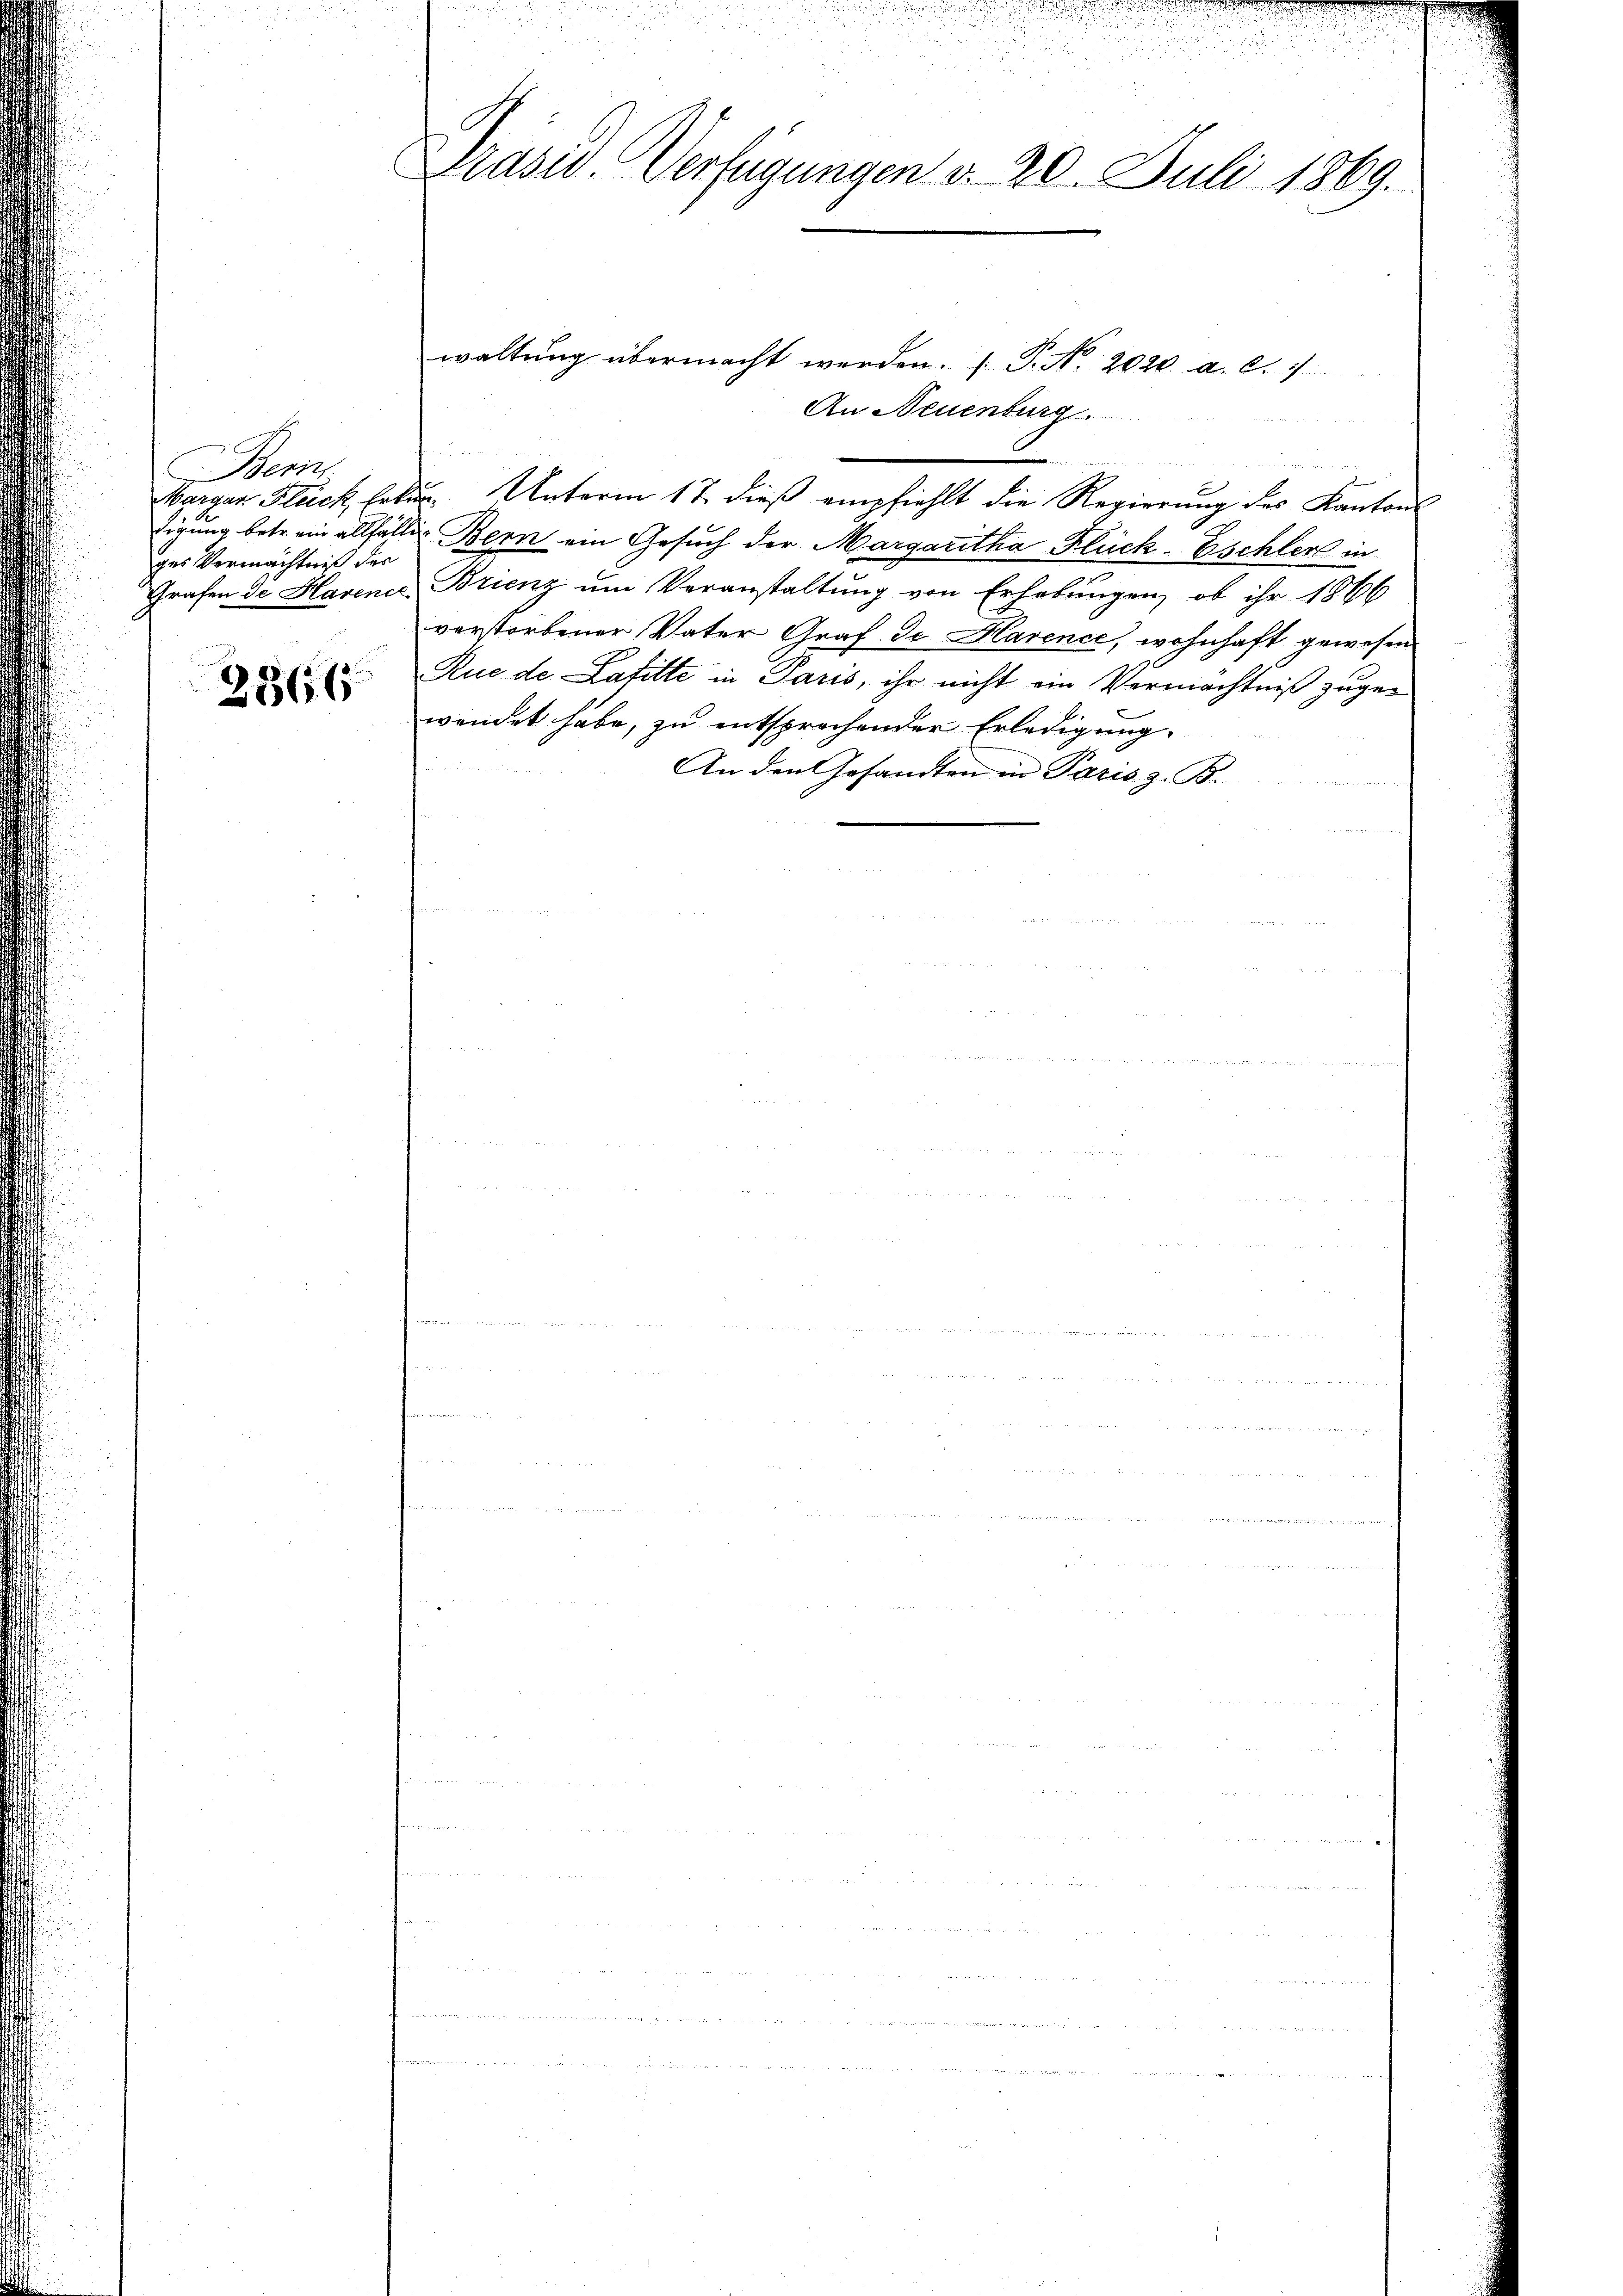
Bemi
ges Vermächtniß des

2366

Drasid. Verfügungen d. 20. Juli 1869.

waltŭng übermacht werden. ( P. Nr. 2020. a. c.
An Neuenburg.
Barger Flück haben Unterm 17. dieß empfiehlt die Regierŭng des Kanton
.
tigung betr. ein allfällig Bern ein Gesuch der Margaretha Flück-Eschler in
Grafen de Havenir, Brienz um Veranstaltung von Erhebungen, ob ihr 1866
verstorbener Vater Graf de Harence, wohnhaft gewesen
Rue de Lafitte in Paris, ihr nicht ein Vermächtniß zugewendet habe, zu entsprechender Erledigung.
An den Gesandten in Paris z. B.